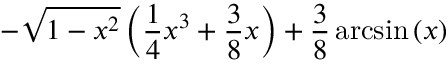
- \sqrt { 1 - x ^ { 2 } } \left( \frac { 1 } { 4 } x ^ { 3 } + \frac { 3 } { 8 } x \right) + \frac { 3 } { 8 } \arcsin \left( x \right)